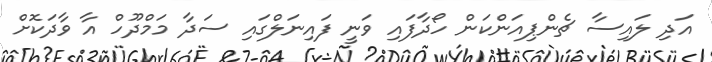
އަދި ލައިސާ ޗެންޕިއަންކަން ހޯދާފައި ވަނީ ފައިނަލްގައި ސަދާ މަމްދޫހް އާ ވާދަކޮށް